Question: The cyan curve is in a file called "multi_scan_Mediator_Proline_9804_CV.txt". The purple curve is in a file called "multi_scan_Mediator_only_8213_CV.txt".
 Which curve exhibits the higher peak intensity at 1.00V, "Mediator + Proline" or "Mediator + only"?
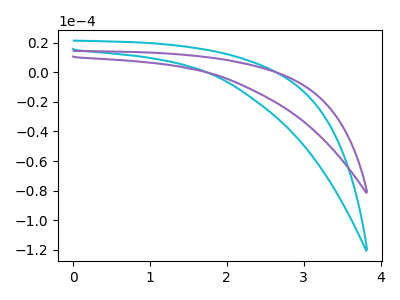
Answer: <think>The cyan curve "Mediator + Proline" has no peaks. The purple curve "Mediator + only" has no peaks.</think>
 <answer>"Mediator + Proline" and "Mediator + only" dont share a peak at 1.00V.</answer>
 <eval>mismatch</eval>